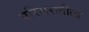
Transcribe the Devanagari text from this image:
परिसरातीला